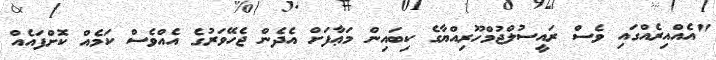
"އެއްއިރެއްގައި ވެސް ރައީސުލްޖުމްހޫރިއްޔާގެ ކިބައިން މަޢާފަށް އެދެން ޖެހޭވަރުގެ އެއްވެސް ކަމެއް ކޮށްފައެއް